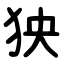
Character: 㹧